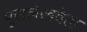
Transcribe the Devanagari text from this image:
पुरालेखवेत्ता